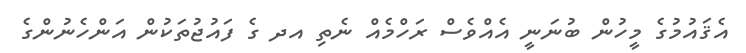
އެޤައުމުގެ މީހުން ބުނަނީ އެއްވެސް ރަހްމެއް ނެތި އދ ގެ ފައުޖުތަކުން އަންހެނުންގެ